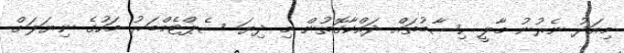
މިއަދު ނެރުނު މާލީ ހިސާބުތައް ދައްކާގޮތުން މި ދިޔަ ސެޕްޓެމްބަރު މަހުގެ ނިޔަލަށް